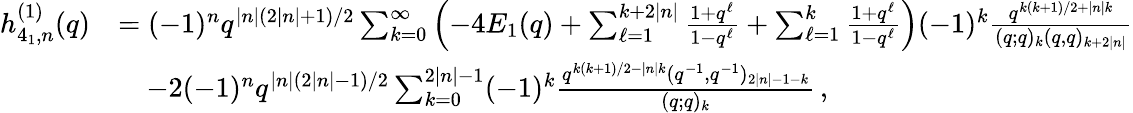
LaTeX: \begin{array}{rl}{h_{4_{1},n}^{(1)}(q)}&{=(-1)^{n}q^{|n|(2|n|+1)/2}\sum_{k=0}^{\infty}\left(-4E_{1}(q)+\sum_{\ell=1}^{k+2|n|}\frac{1+q^{\ell}}{1-q^{\ell}}+\sum_{\ell=1}^{k}\frac{1+q^{\ell}}{1-q^{\ell}}\right)(-1)^{k}\frac{q^{k(k+1)/2+|n|k}}{(q;q)_{k}(q,q)_{k+2|n|}}}\\ &{\quad-2(-1)^{n}q^{|n|(2|n|-1)/2}\sum_{k=0}^{2|n|-1}(-1)^{k}\frac{q^{k(k+1)/2-|n|k}(q^{-1},q^{-1})_{2|n|-1-k}}{(q;q)_{k}}\, ,}\end{array}